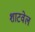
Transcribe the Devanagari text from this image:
शाटवेल